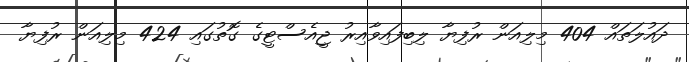
ދައުލަތައް 404 މިލިއަން ރުފިޔާ ލިބިފައިވާއިރު ޖީއެސްޓީގެ ގޮތުގައި 424 މިލިއަން ރުފިޔާ